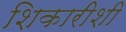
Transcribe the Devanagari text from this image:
शिकारीशी